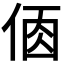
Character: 𠉦